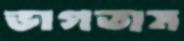
ভাগতাম